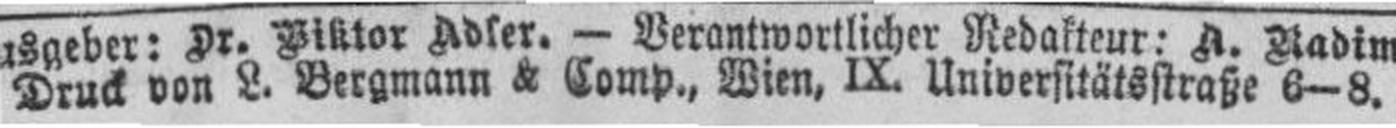
Druck von L. Bergmann & Comp., Wien, IX. Universitätsstraße 6—8.